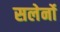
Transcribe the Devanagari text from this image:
सलेर्नो